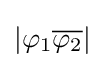
|\varphi _{1}{\overline {\varphi _{2}}}|